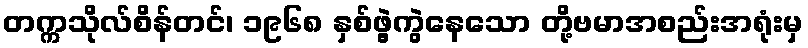
တက္ကသိုလ်စိန်တင်၊ ၁၉၆၈ နှစ်ဖွဲ့ကွဲနေသော တို့ဗမာအစည်းအရုံးမှ